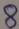
Text: 8